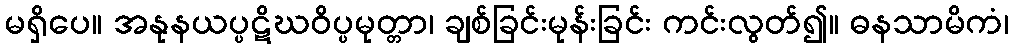
မရှိပေ။ အနုနယပ္ပဋိဃဝိပ္ပမုတ္တာ၊ ချစ်ခြင်းမုန်းခြင်း ကင်းလွတ်၍။ ဓနသာမိကံ၊